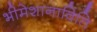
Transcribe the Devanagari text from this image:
भीमेशानाविति